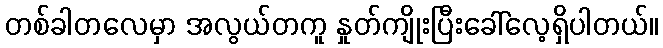
တစ်ခါတလေမှာ အလွယ်တကူ နှုတ်ကျိုးပြီးခေါ်လေ့ရှိပါတယ်။